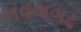
નવલગઢ